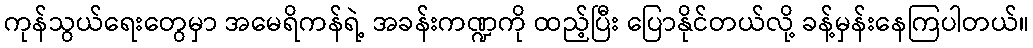
ကုန်သွယ်ရေးတွေမှာ အမေရိကန်ရဲ့ အခန်းကဏ္ဍကို ထည့်ပြီး ပြောနိုင်တယ်လို့ ခန့်မှန်းနေကြပါတယ်။